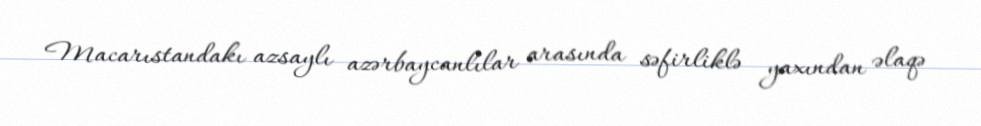
Macarıstandakı azsaylı azərbaycanlılar arasında səfirliklə yaxından əlaqə